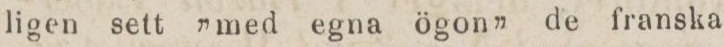
ligen sett ”med egna ögon” de franska